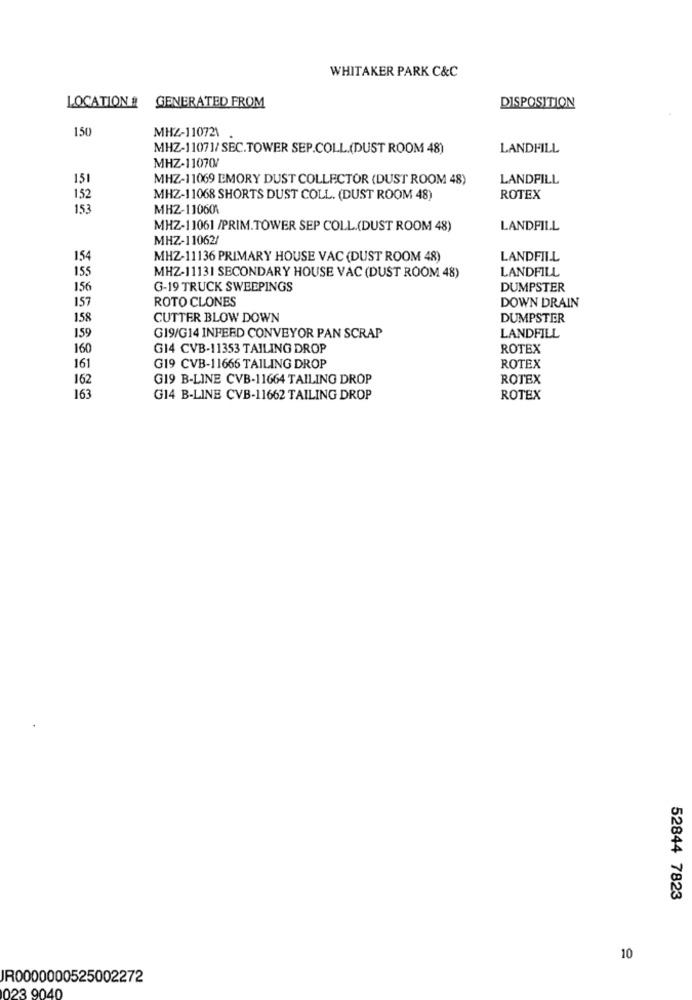
WHITAKER PARK C&C
LOCATION & GENERATED FROM
DISPOSITION
150
MHZ-110721
MHZ-11071/SEC.TOWER SEP.COLL.(DUST ROOM 48)
LANDFILL
MHZ-11070/
151
MHZ-11069 EMORY DUST COLLECTOR (DUST ROOM 48)
LANDFILL
152
MHZ-11068 SHORTS DUST COLL. (DUST ROOM 48)
ROTEX
153
MHZ-110601
MHZ-11061 /PRIM.TOWER SEP COLL.(DUST ROOM 48)
LANDFILL
MHZ-11062/
154
MHZ-11136 PRIMARY HOUSE VAC (DUST ROOM 48)
LANDFILL
155
LANDFILL
MHZ-11131 SECONDARY HOUSE VAC (DUST ROOM 48)
156
G-19 TRUCK SWEEPINGS
DUMPSTER
157
ROTO CLONES
DOWN DRAIN
158
CUTTER BLOW DOWN
DUMPSTER
159
G19/G14 INFEED CONVEYOR PAN SCRAP
LANDFILL
160
G14 CVB-11353 TAILING DROP
ROTEX
161
G19 CVB-11666 TAILING DROP
ROTEX
162
G19 B-LINE CVB-11664 TAILING DROP
ROTEX
163
G14 B-LINE CVB-11662 TAILING DROP
ROTEX
52844 7823
10
JR0000000525002272
023 9040